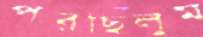
পরছিলুম